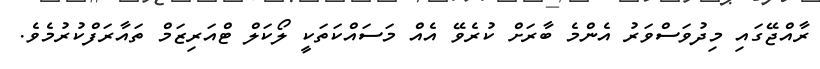
ރާއްޖޭގައި މިދުވަސްވަރު އެންމެ ބާރަށް ކުރެވޭ އެއް މަސައްކަތަކީ ލޯކަލް ޓްއަރިޒަމް ތައާރަފްކުރުމެވެ.